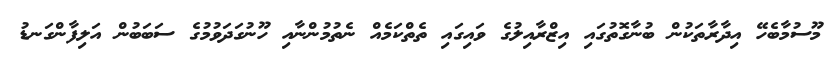
މޫސުމާބެހޭ އިދާރާތަކުން ބުނާގޮތުގައި އިޒްރާއިލުގެ ވައިގައި ތެތްކަމެއް ނެތުމުންނާއި ހޫނުގަދަވުމުގެ ސަބަބުން އަލިފާންގަނޑު